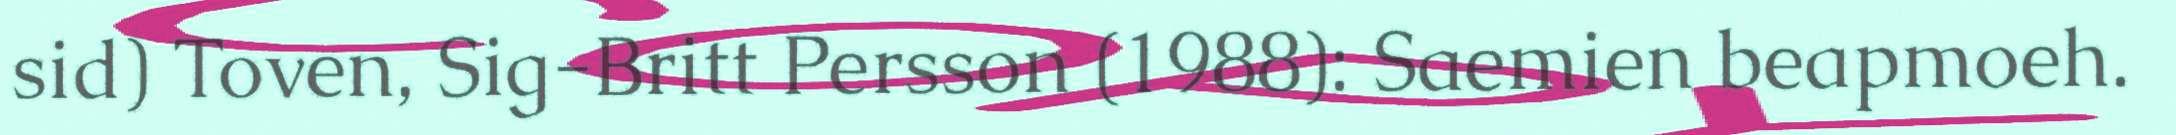
sid) Toven, Sig-Britt Persson (1988): Saemien beapmoeh.